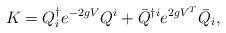
LaTeX: \begin{align*}K = Q^{\dag}_i e^{-2gV} Q^i + {\bar Q}^{\dag i} e^{2gV^T} {\bar Q}_i,\end{align*}